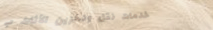
خدمات نقل وتخزين الأثاث ب